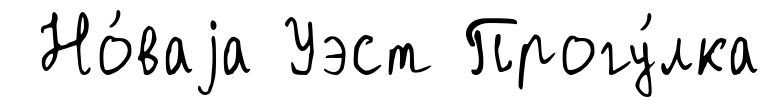
Но́ваjа Уэст Прогу́лка